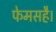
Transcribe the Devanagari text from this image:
फेमसहै।